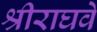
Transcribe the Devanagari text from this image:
श्रीराघवे